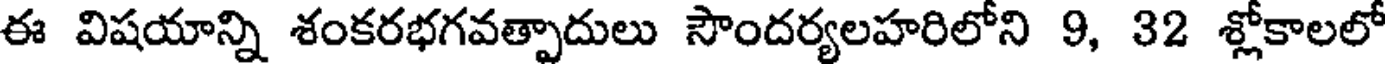
ఈ విషయాన్ని శంకరభగవత్పాదులు సౌందర్యలహరిలోని 9, 32 శ్లోకాలలో